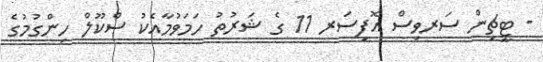
- ޓީޗިން ސަރވިސް އޮފިސަރ 11 ގެ ޝަރުތު ހަމަވުމާއެކު ސްކޫލް ހިންގުމުގެ